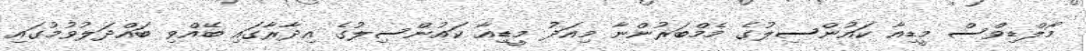
މޯލްޑިވްސް މީޑިއާ ކައުންސިލުގެ މެމްބަރުންނާ މިއަދު މީޑިއާ ކައުންސިލުގެ އިދާރާގައި ބޭއްވި ބައްދަލުވުމުގައި